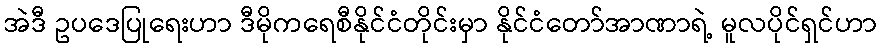
အဲဒီ ဥပဒေပြုရေးဟာ ဒီမိုကရေစီနိုင်ငံတိုင်းမှာ နိုင်ငံတော်အာဏာရဲ့ မူလပိုင်ရှင်ဟာ